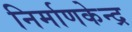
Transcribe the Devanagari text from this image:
निर्माणकेन्द्र